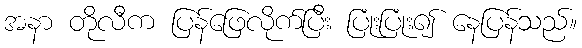
အနာ တိုလီက ပြန်ဖြေလိုက်ပြီး ပြုံးပြုံး၍ နေပြန်သည်။